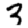
Digit: 3